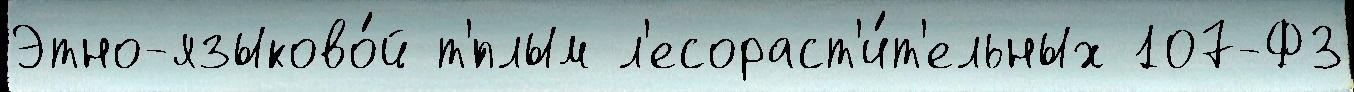
Этно-языково́й т'́плым л'есораст'и́т'ельных 107-ФЗ